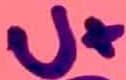
Text: U+